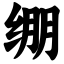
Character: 绷